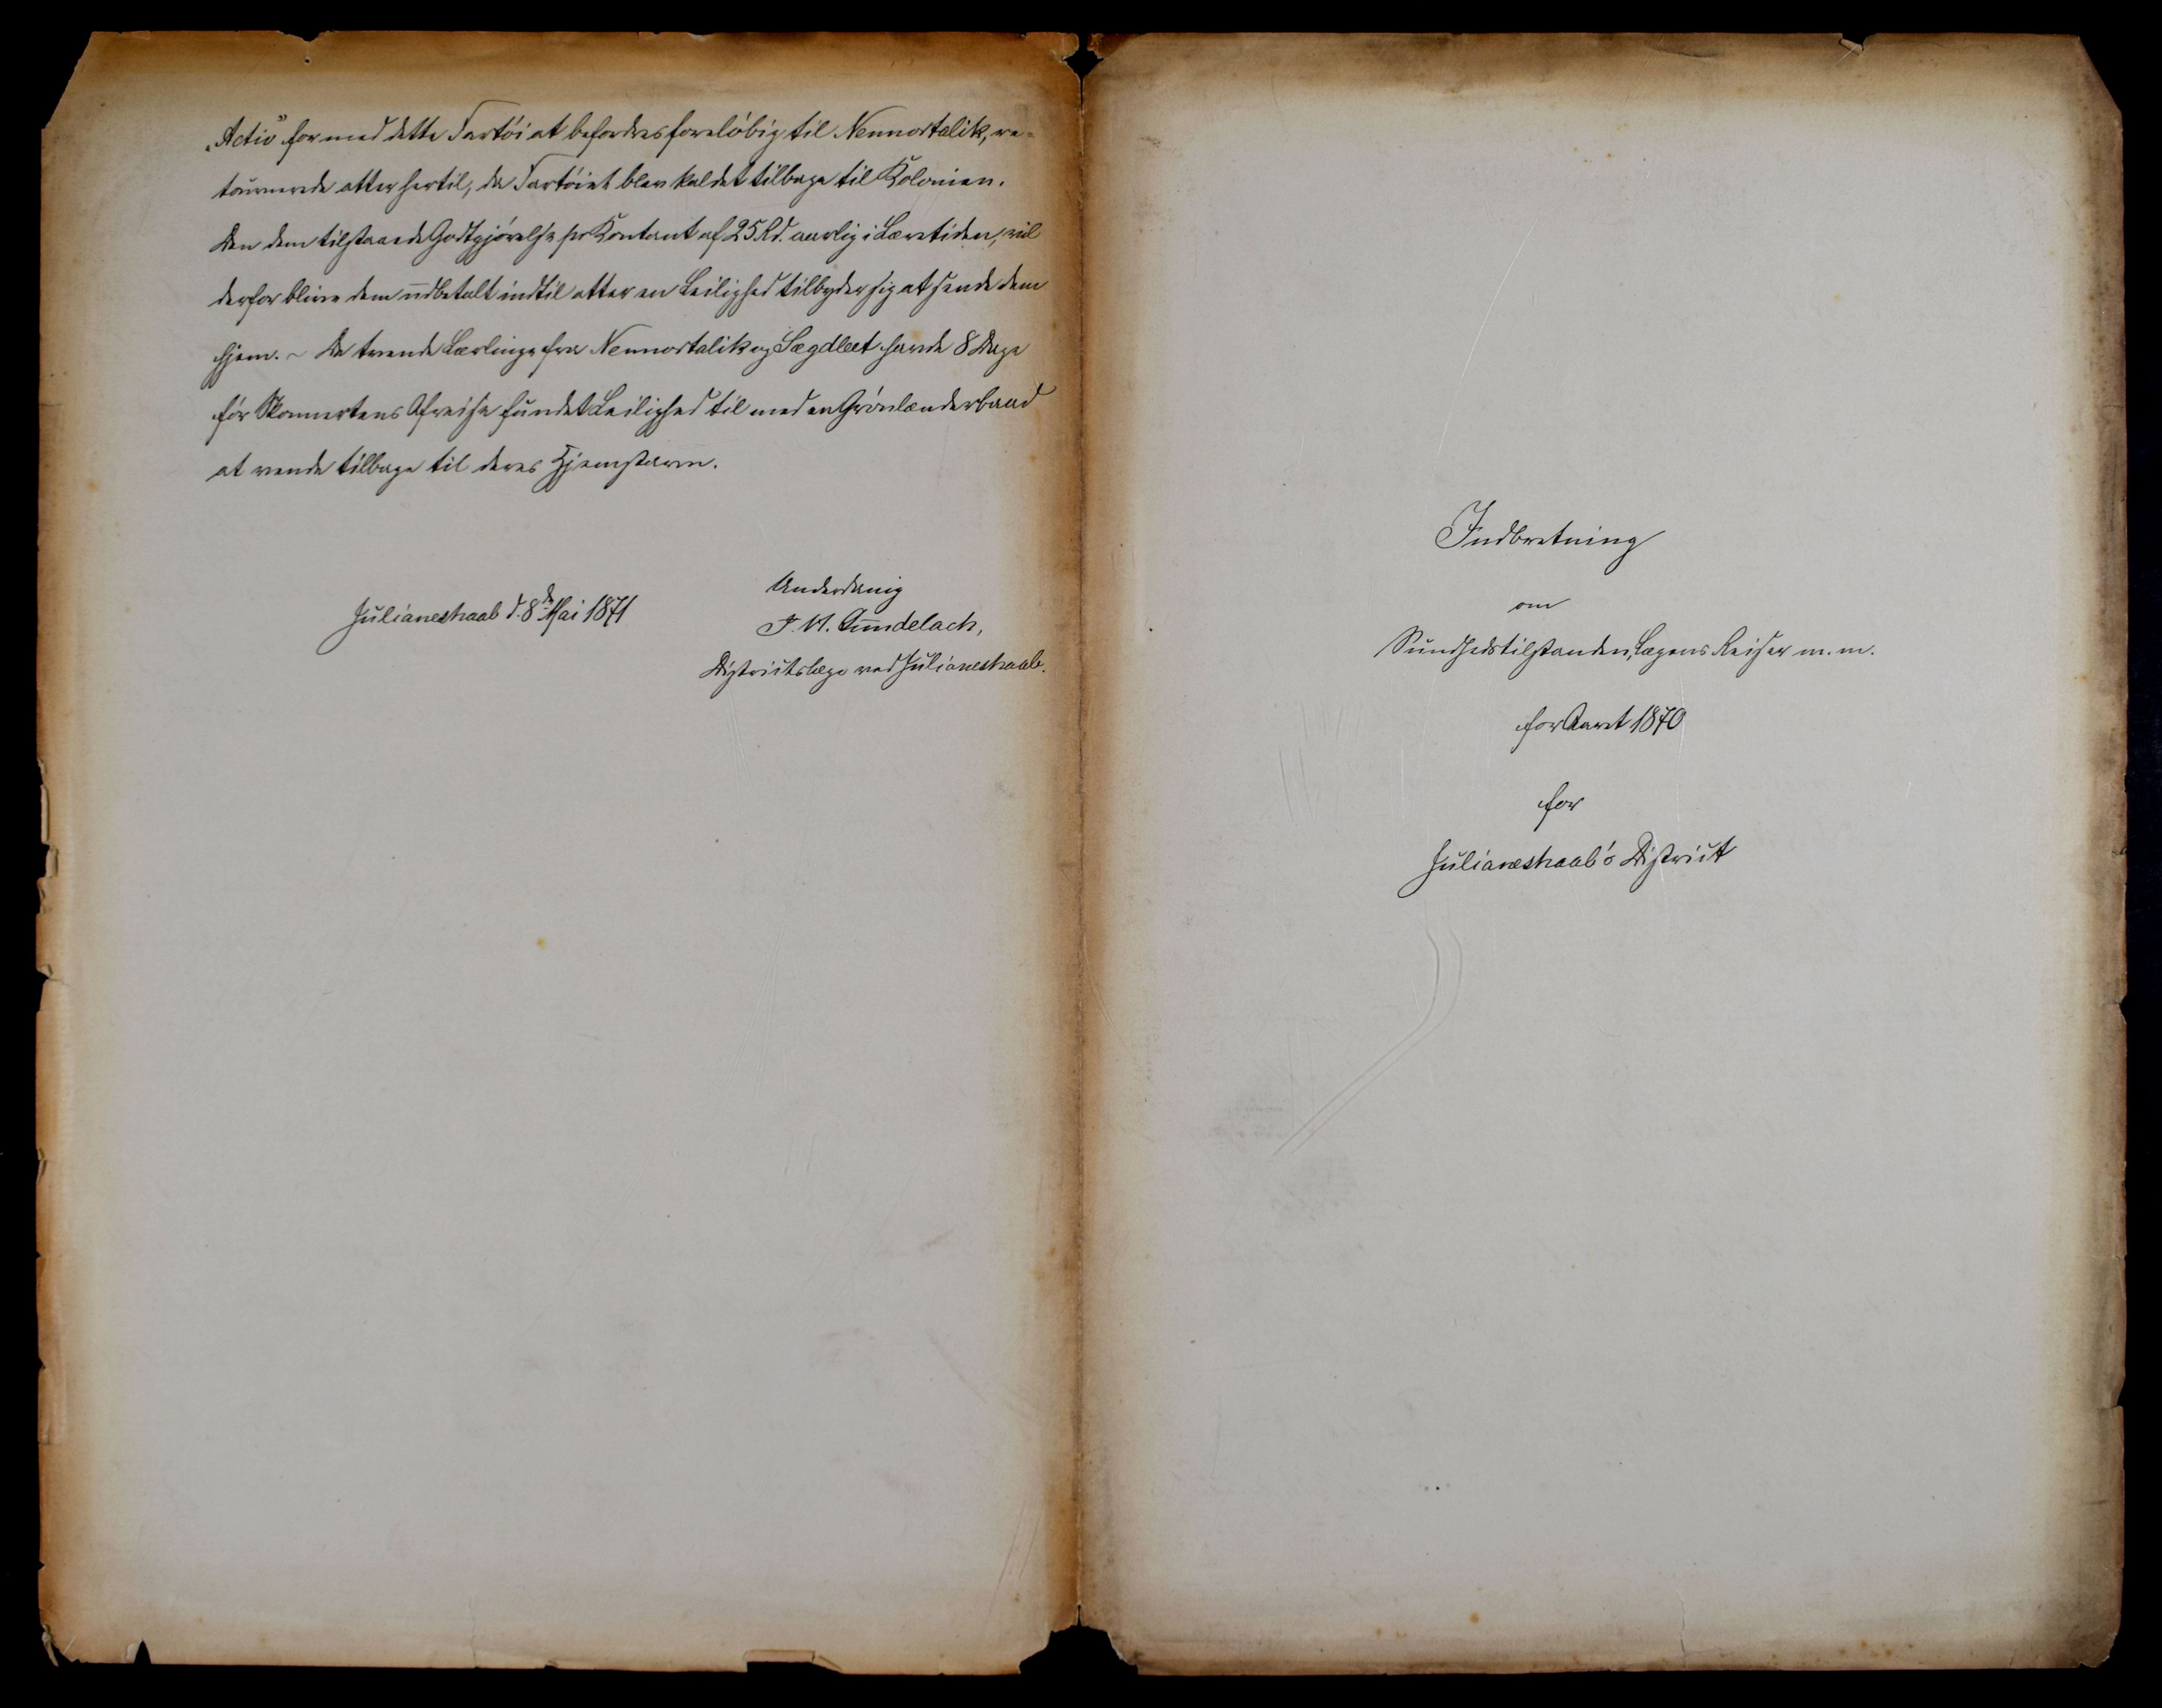
Transkription:
Indberetning
om

Sundhedstilstanden, lægens Reiser m.m.
for Aaret 1870
for
Julianehaab's District